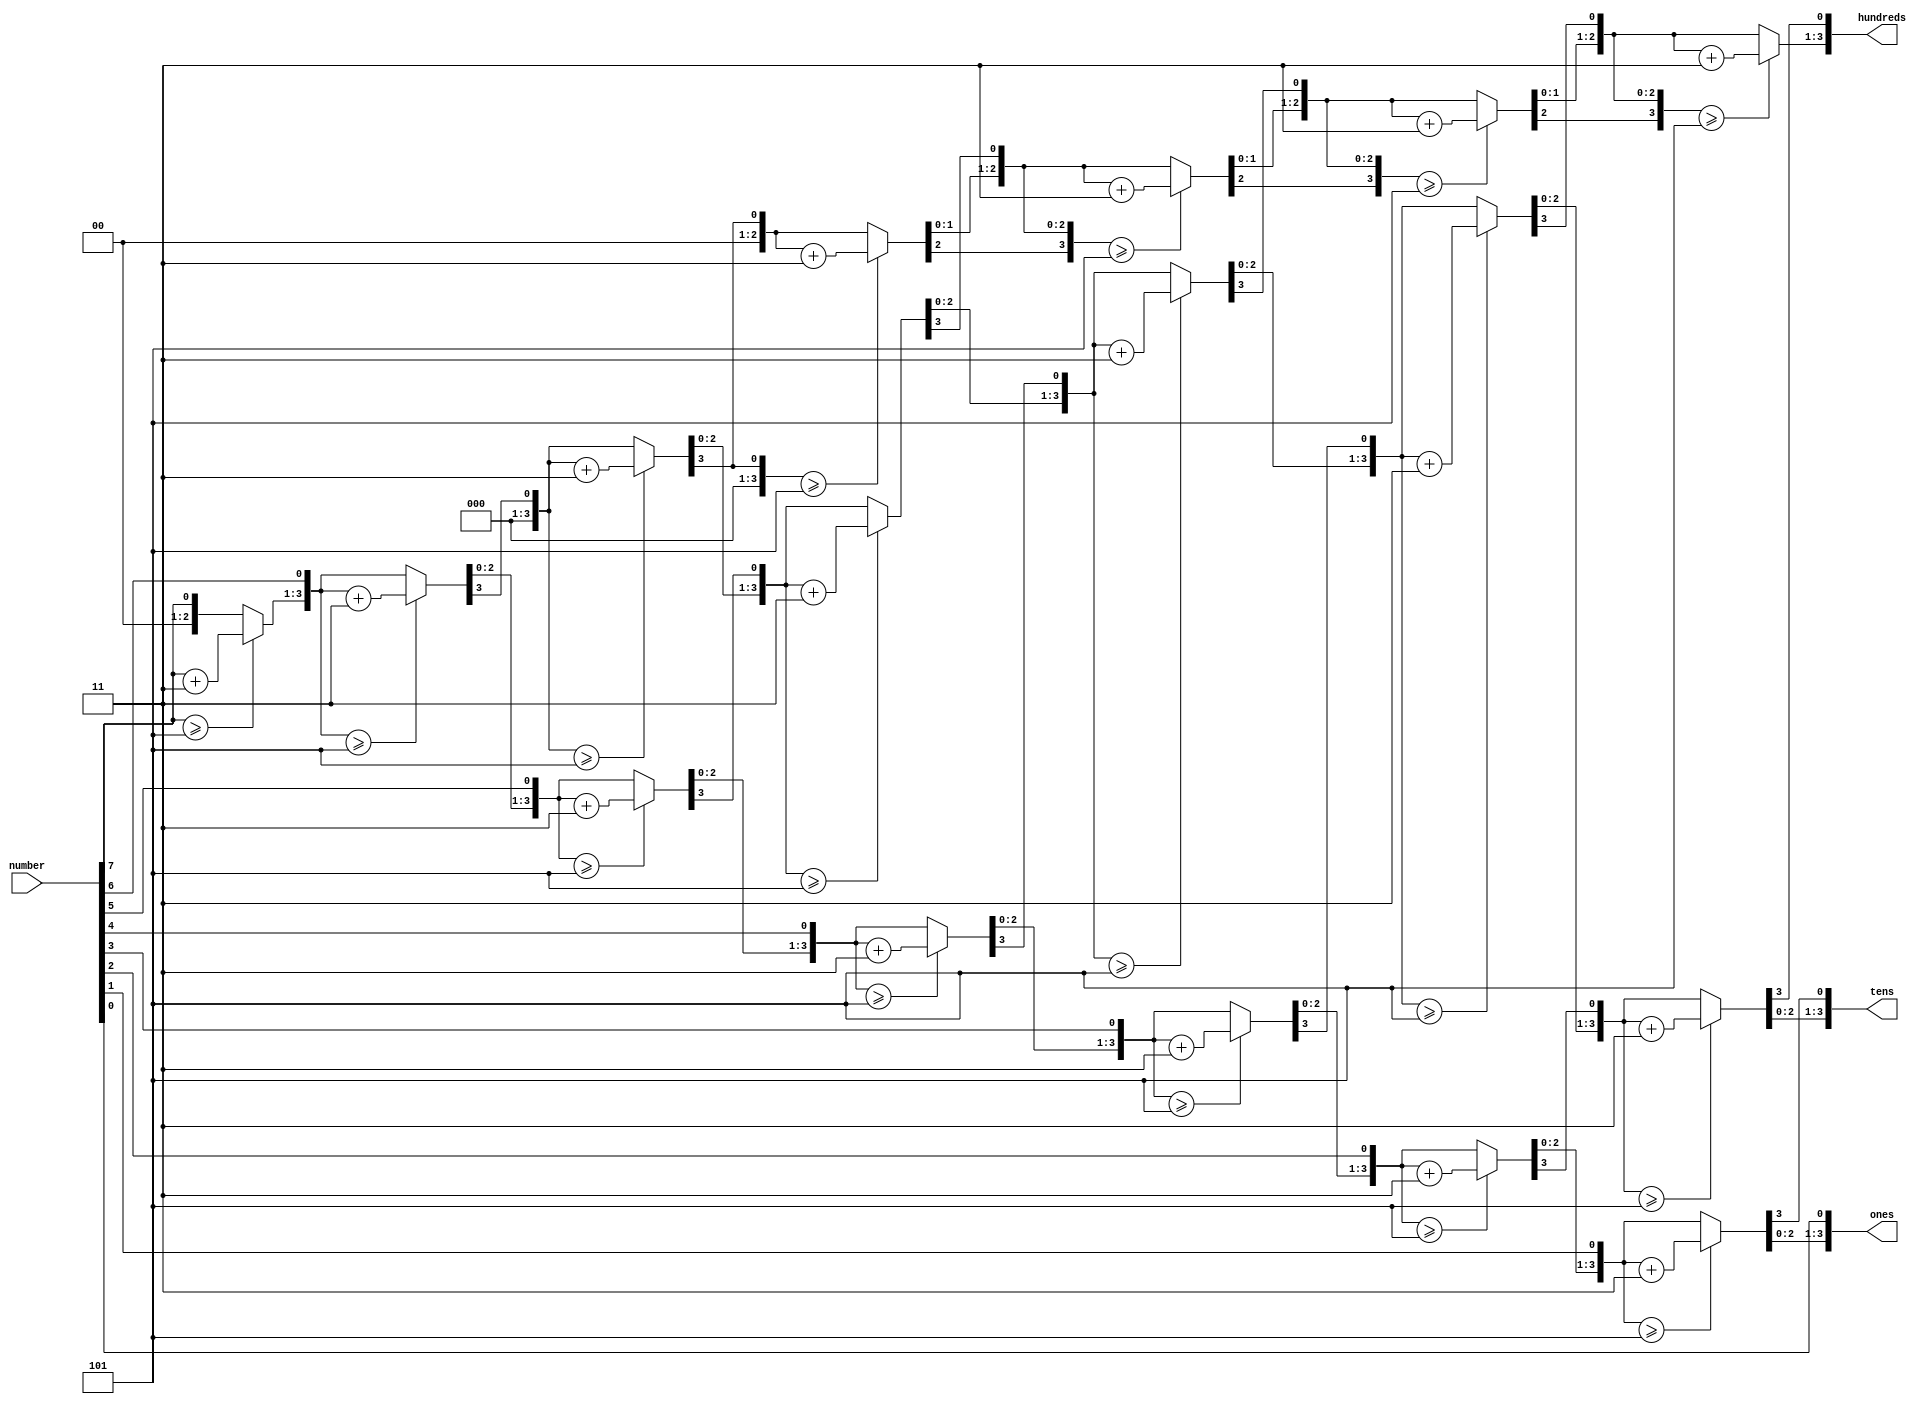
//https://pubweb.eng.utah.edu/~nmcdonal/Tutorials/BCDTutorial/BCDConversion.html

module BinaryToBCD(number, hundreds, tens, ones);
   // I/O Signal Definitions
   input  [7:0] number;
   output reg [3:0] hundreds;
   output reg [3:0] tens;
   output reg [3:0] ones;
   
   // Internal variable for storing bits
   reg [19:0] shift;
   integer i;
   
   always @(number)
   begin
      // Clear previous number and store new number in shift register
      shift[19:8] = 0;
      shift[7:0] = number;
      
      // Loop eight times
      for (i=0; i<8; i=i+1) begin
         if (shift[11:8] >= 5)
            shift[11:8] = shift[11:8] + 3;
            
         if (shift[15:12] >= 5)
            shift[15:12] = shift[15:12] + 3;
            
         if (shift[19:16] >= 5)
            shift[19:16] = shift[19:16] + 3;
         
         // Shift entire register left once
         shift = shift << 1;
      end
      
      // Push decimal numbers to output
      hundreds = shift[19:16];
      tens     = shift[15:12];
      ones     = shift[11:8];
   end
 
endmodule